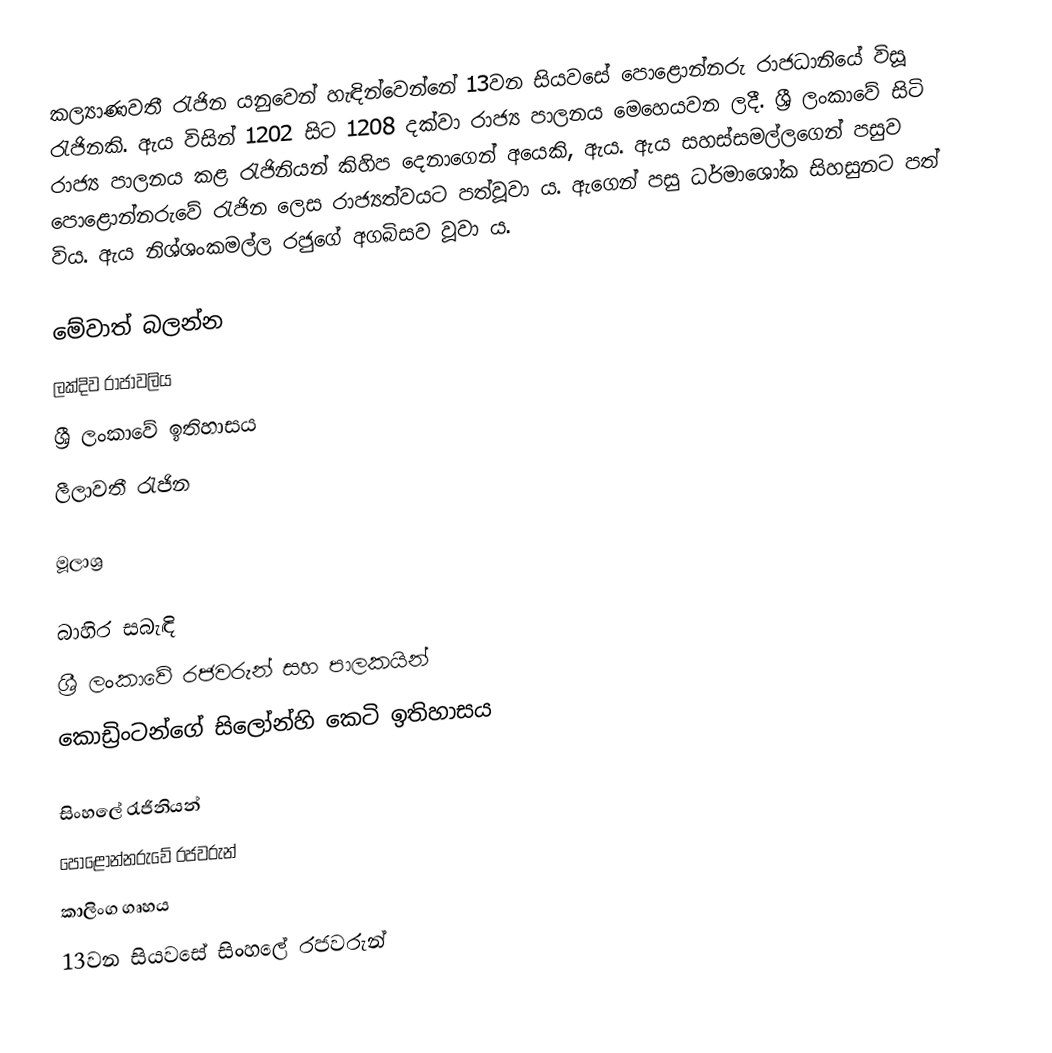
කල්‍යාණවතී රැජින යනුවෙන් හැඳින්වෙන්නේ 13වන සියවසේ පොළොන්නරු රාජධානියේ විසූ රැජිනකි. ඇය විසින් 1202 සිට 1208 දක්වා රාජ්‍ය පාලනය මෙහෙයවන ලදී. ශ්‍රී ලංකාවේ සිටි රාජ්‍ය පාලනය කළ රැජිනියන් කිහිප දෙනාගෙන් අයෙකි, ඇය. ඇය සහස්සමල්ලගෙන් පසුව පොළොන්නරුවේ රැජින ලෙස රාජ්‍යත්වයට පත්වූවා ය. ඇගෙන් පසු ධර්මාශෝක සිහසුනට පත් විය. ඇය නිශ්ශංකමල්ල රජුගේ අගබිසව වූවා ය.

මේවාත් බලන්න
 ලක්දිව රාජාවලිය
 ශ්‍රී ලංකාවේ ඉතිහාසය
 ලීලාවතී රැජින

මූලාශ්‍ර

බාහිර සබැඳි
 ශ්‍රී ලංකාවේ රජවරුන් සහ පාලකයින්
 කොඩ්‍රිංටන්ගේ සිලෝන්හි කෙටි ඉතිහාසය

සිංහලේ රැජිනියන්
පොළොන්නරුවේ රජවරුන්
කාලිංග ගෘහය
13වන සියවසේ සිංහ‍ලේ රජවරුන්